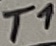
Text: T1